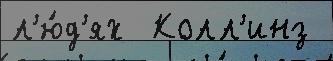
л'ю́д'ях  Колл'инз